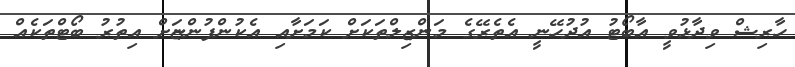
ހާރިޝް ވިދާޅުވީ އާބޯޓު އުދުހޭނީ އެތެރޭގެ މަންޒިލްތަކަށް ކަމަށާއި އެކުންފުންޏަށް އިތުރު ބޯޓްތަކެއް